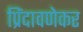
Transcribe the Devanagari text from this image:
प्रिंदावणेकर